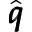
\hat { \pmb q }